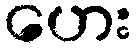
ဟေး